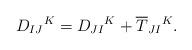
LaTeX: \begin{align*}D_{IJ}{}^K=D_{JI}{}^K+\overline T_{JI}{}^K.\end{align*}